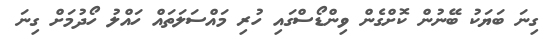
ގިނަ ބަޔަކު ބޭނުން ކޮށްގެން ވިންޑޯސްގައި ހުރި މައްސަލަތައް ހައްލު ހޯދުމަށް ގިނަ